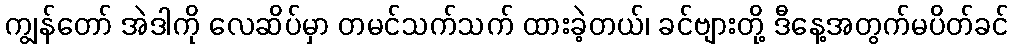
ကျွန်တော် အဲဒါကို လေဆိပ်မှာ တမင်သက်သက် ထားခဲ့တယ်၊ ခင်ဗျားတို့ ဒီနေ့အတွက်မပိတ်ခင်